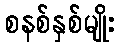
စနစ်နှစ်မျိုး